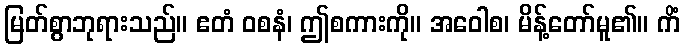
မြတ်စွာဘုရားသည်။ ဧတံ ဝစနံ၊ ဤစကားကို။ အဝေါစ၊ မိန့်တော်မူ၏။ ကိံ